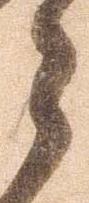
之